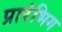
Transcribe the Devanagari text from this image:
प्रारंभिग